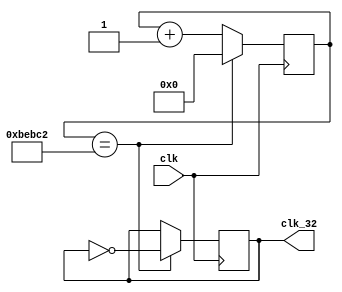
module frequency_divider(
    input clk,
    output clk_32
    );
    reg [20:0] f = 21'd0;
    reg clk_32 = 0;
    always@(posedge clk)
    if(f == 21'd781250)
    begin
        f <= 21'd0;
        clk_32 = ~clk_32;
    end
    else
        f <= f + 1'b1;
endmodule